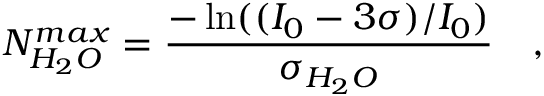
N _ { H _ { 2 } O } ^ { m a x } = \frac { - \ln ( ( I _ { 0 } - 3 \sigma ) / I _ { 0 } ) } { \sigma _ { H _ { 2 } O } } \quad ,